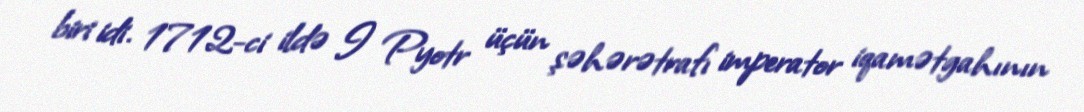
biri idi. 1712-ci ildə I Pyotr üçün şəhərətrafı imperator iqamətgahının